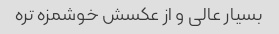
بسیار عالی و از عکسش خوشمزه تره